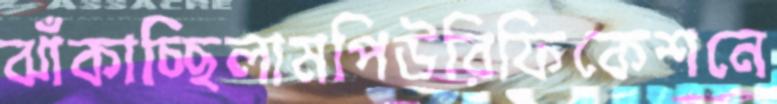
ঝাঁকাচ্ছিলামপিউরিফিকেশনে